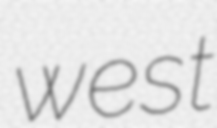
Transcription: west